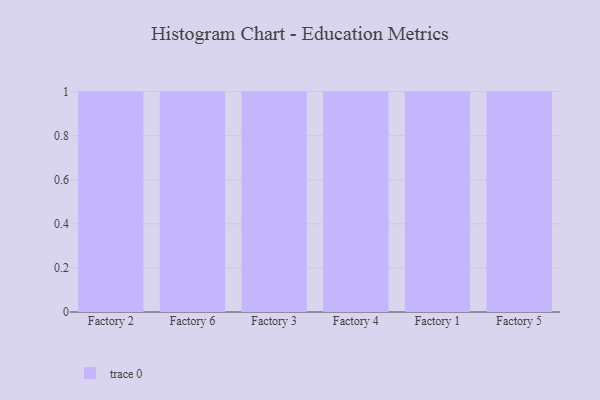
{"axis": {"x": "Factory", "y": "Production Output"}, "legend": [""], "data": [{"x": "Factory 2", "y": 16, "type": ""}, {"x": "Factory 6", "y": 28, "type": ""}, {"x": "Factory 3", "y": 92, "type": ""}, {"x": "Factory 4", "y": 90, "type": ""}, {"x": "Factory 1", "y": 14, "type": ""}, {"x": "Factory 5", "y": 39, "type": ""}]}